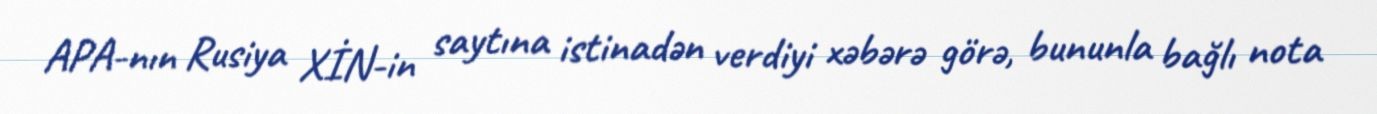
APA-nın Rusiya XİN-in saytına istinadən verdiyi xəbərə görə, bununla bağlı nota